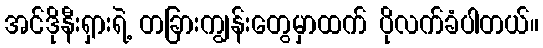
အင်ဒိုနီးရှားရဲ့ တခြားကျွန်းတွေမှာထက် ပိုလက်ခံပါတယ်။